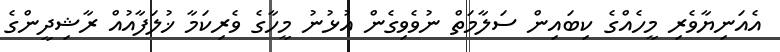
އެއަނިޔާވެރި މީހެއްގެ ކިބައިން ސަލާމަތް ނުވެވިގެން އުޅުނު މީހާގެ ވެރިކަމާ ޚުލަފާއުއް ރާޝިދީންގެ